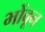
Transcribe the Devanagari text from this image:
भोंवून